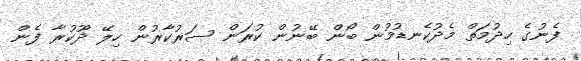
ފެނުގެ ހިދުމަތް މެދުކެނޑުމުން ބޯން ބޭނުން ކުރަން ސަރުކާރުން ހިލޭ ދޫކުރާ ފެން